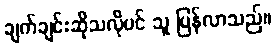
ချက်ချင်းဆိုသလိုပင် သူ ပြန်လာသည်။